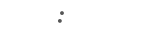
: